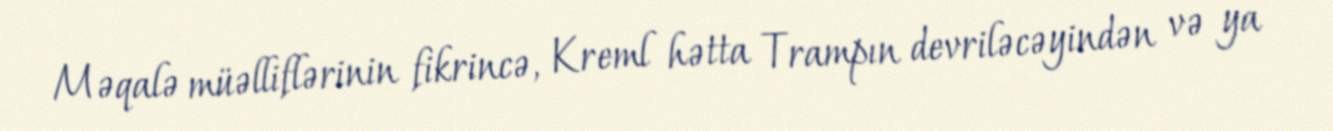
Məqalə müəlliflərinin fikrincə, Kreml hətta Trampın devriləcəyindən və ya